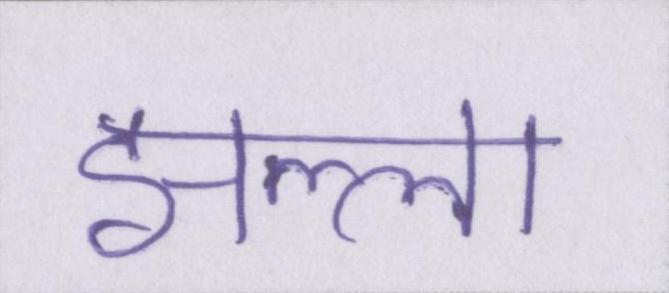
झल्ला